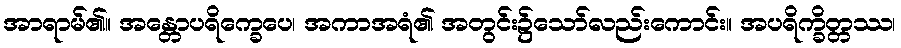
အာရာမ်၏။ အန္တောပရိက္ခေပေ၊ အကာအရံ၏ အတွင်း၌သော်လည်းကောင်း။ အပရိက္ခိတ္တဿ၊